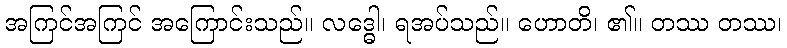
အကြင်အကြင် အကြောင်းသည်။ လဒ္ဓေါ၊ ရအပ်သည်။ ဟောတိ၊ ၏။ တဿ တဿ၊